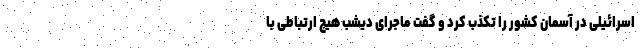
اسرائیلی در آسمان کشور را تکذب کرد و گفت ماجرای دیشب هیچ ارتباطی با